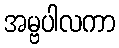
အမ္ဗပါလကာ